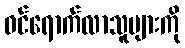
ဝင်ရောက်လာသူများကို